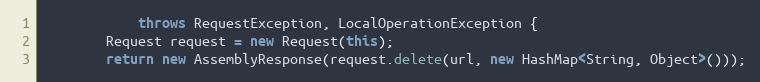
Language: Java
            throws RequestException, LocalOperationException {
        Request request = new Request(this);
        return new AssemblyResponse(request.delete(url, new HashMap<String, Object>()));